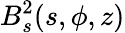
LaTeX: B_{s}^{2}(s,\phi,z)